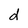
Character: d